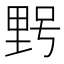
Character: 𮡓